Vaccination in Burma 1920-1933 - 1920-1933
Year: 1920
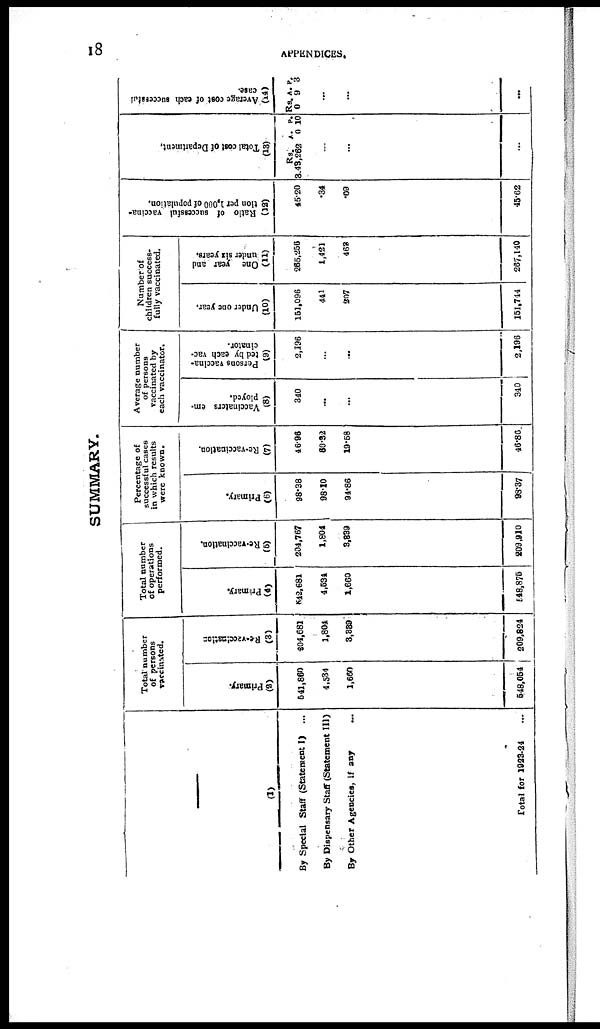
18
APPENDICES.
SUMMARY.
—
(1)
By Special Staff (Statement I) ...
By Dispensary Staff (Statement III)
By Other Agencies, if any
...
Total for 1923-24 ...
Total number
of persons
vaccinated.
Primary.
(2)
641,860
4,534
1,660
548,064
Re-vaccinations
(3)
804,681
1,804
3,889
209,824
Total number
of operations
performed.
Primary.
(4)
642,681
4,534
1,660
548,876
Re-vaccination.
(5)
204,767
1,804
3,339
209,910
Percentage of
successful cases
in which results
were known.
Primary.
(6)
98.38
98.10
94.86
98.37
Re-vaccination.
(7)
46.96
60.32
19.58
46.86
Average number
of persons
vaccinated by
each vaccinator.
Vaccinators em-
ployed.
(8)
340
...
...
340
Persons vaccina¬
ted by each vac-
cinator.
(9)
2,196
...
...
2,196
Number of
children success-
fully vaccinated.
Under one year.
(10)
151,096
441
207
151,744
One year and
under six years.
(11)
265,256
1,421
463
267,140
Ratio of successful vaccina¬
tion
per 1,000 of population.
(12)
45.20
.34
.09
45.62
Total cost of Department.
(13)
Rs.
3,43,262
A.
0
P.
10
...
...
...
Average cost of each successful
case.
(14)
Rs.
0
A.
9
P.
3
...
...
...